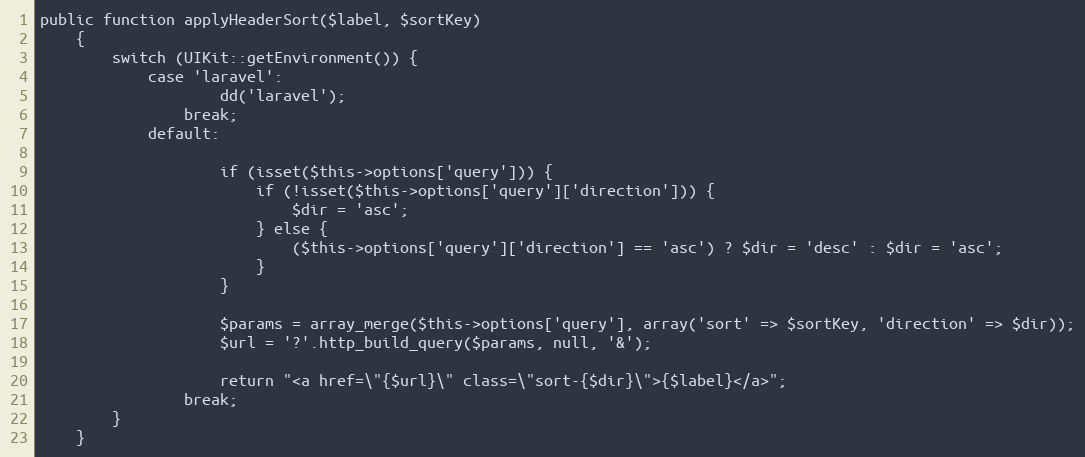
Language: PHP
public function applyHeaderSort($label, $sortKey)
	{
		switch (UIKit::getEnvironment()) {
			case 'laravel':
					dd('laravel');
				break;
			default:

					if (isset($this->options['query'])) {
						if (!isset($this->options['query']['direction'])) {
							$dir = 'asc';
						} else {
							($this->options['query']['direction'] == 'asc') ? $dir = 'desc' : $dir = 'asc';
						}
					}

					$params = array_merge($this->options['query'], array('sort' => $sortKey, 'direction' => $dir));
					$url = '?'.http_build_query($params, null, '&');

					return "<a href=\"{$url}\" class=\"sort-{$dir}\">{$label}</a>";
				break;
		}
	}